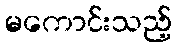
မကောင်းသည့်